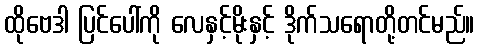
ထိုဗေဒါ ပြင်ပေါ်ကို လေနှင့်မိုးနှင့် ဒိုက်သရောတို့တင်မည်။